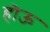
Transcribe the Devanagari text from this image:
हॊऊ